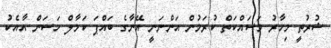
ޝުރުތީ މިހާރު މަސައްކަތް ކުރަމުން އަންނަނީ އޭނާގެ ބައްޕަ ކަމާލް ހަސަން އާއެކު